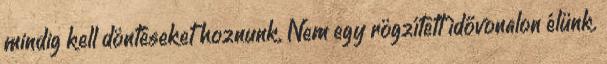
mindig kell döntéseket hoznunk. Nem egy rögzített idővonalon élünk.